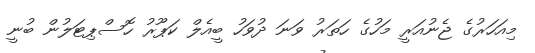
މިއަހަރުގެ ޖެނުއަރީ މަހުގެ ހަތަރު ވަނަ ދުވަހު ބީއެލް ކަޕޫރު ހޮސްޕިޓަލުން ބުނީ